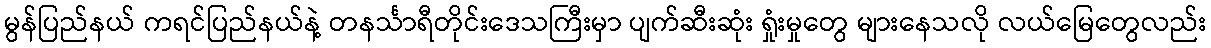
မွန်ပြည်နယ် ကရင်ပြည်နယ်နဲ့ တနင်္သာရီတိုင်းဒေသကြီးမှာ ပျက်ဆီးဆုံး ရှုံးမှုတွေ များနေသလို လယ်မြေတွေလည်း